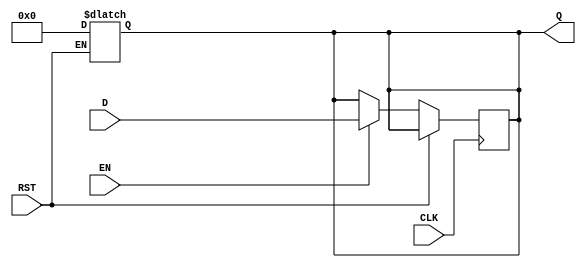
module StageRegister #(
    parameter WIDTH = 8  // Bit-width of the data input/output; can be adjusted as needed
)(
    input wire [WIDTH-1:0] D,   // Data input
    input wire CLK,              // Clock input
    input wire RST,              // Asynchronous reset input
    input wire EN,               // Enable input
    output reg [WIDTH-1:0] Q     // Data output
);

    // Asynchronous reset behavior
    always @(*) begin
        if (RST) begin
            Q <= {WIDTH{1'b0}}; // Reset output to zero (WIDTH bits)
        end
    end

    // Sequential logic for capturing data on clock edge
    always @(posedge CLK) begin
        if (!RST) begin // Only act if not in reset state
            if (EN) begin
                Q <= D; // Latch the data input into the output if enabled
            end
            // If EN is deasserted, Q retains its previous value
        end
    end

endmodule